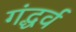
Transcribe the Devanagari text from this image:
गंद्धर्व